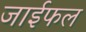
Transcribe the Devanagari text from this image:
जाईफल